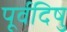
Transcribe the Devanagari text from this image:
पूर्वदिषु